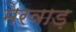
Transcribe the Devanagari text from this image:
मेरवाड़